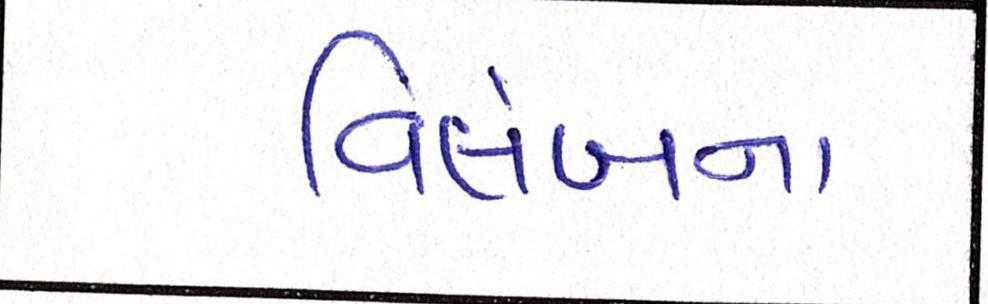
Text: વિલંબના